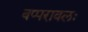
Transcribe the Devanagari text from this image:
बप्परावलः